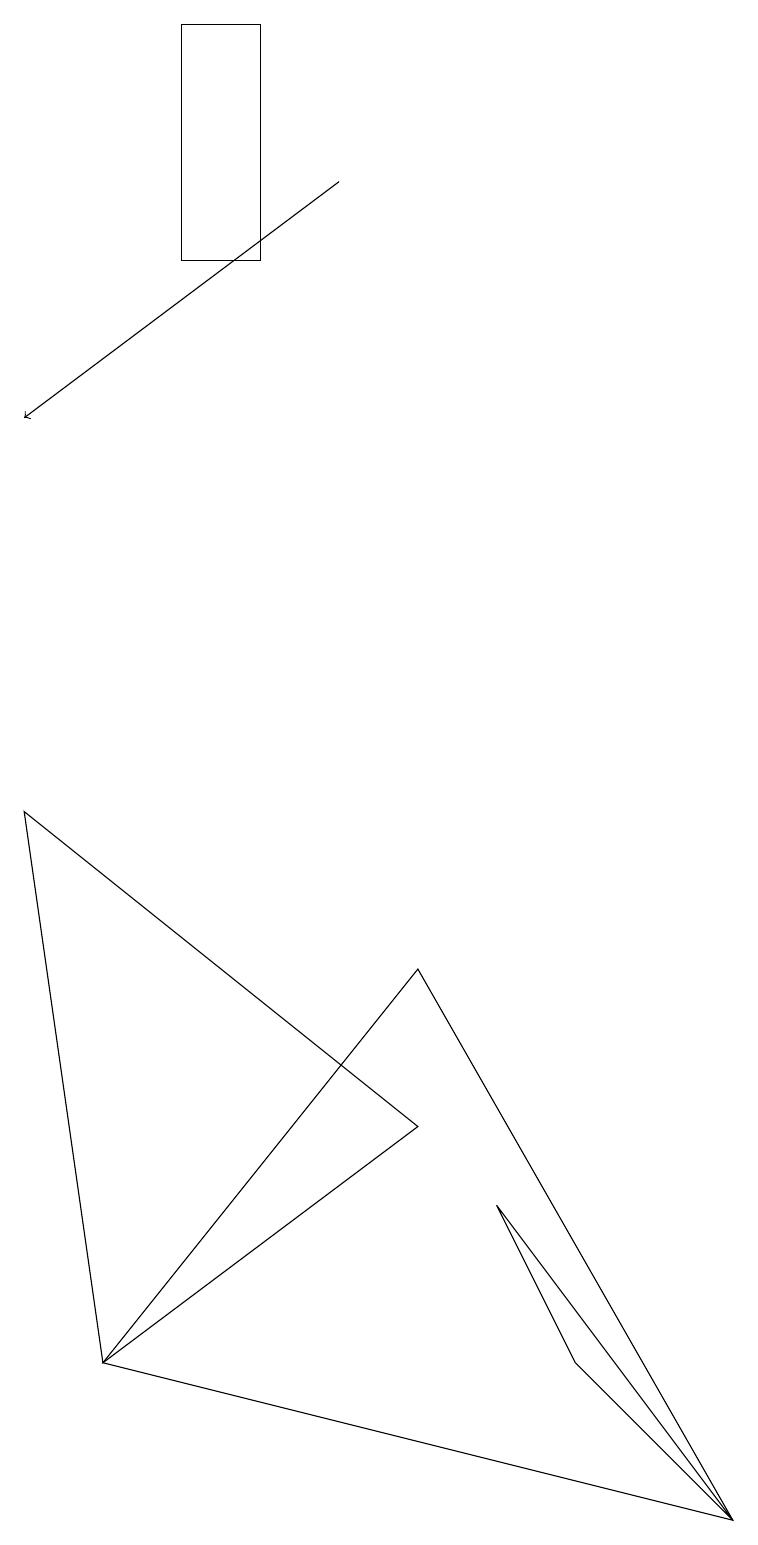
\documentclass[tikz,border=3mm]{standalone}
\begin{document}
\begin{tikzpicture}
\draw (6,4) -- (9,0) -- (7,2) -- cycle;
\draw (5,7) -- (9,0) -- (1,2) -- cycle;
\draw[->] (4,17) -- (0,14);
\draw (3,19) rectangle (2,16);
\draw (0,9) -- (5,5) -- (1,2) -- cycle;
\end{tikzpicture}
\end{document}